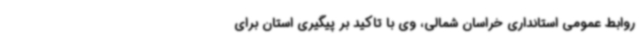
روابط عمومی استانداری خراسان شمالی، وی با تاکید بر پیگیری استان برای